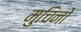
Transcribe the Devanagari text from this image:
मुचिनो